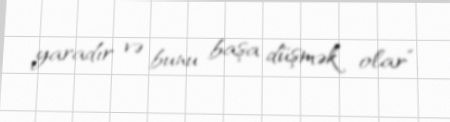
yaradır və bunu başa düşmək olar”.